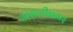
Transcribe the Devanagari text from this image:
अंसारीनगर